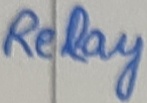
Text: Relay